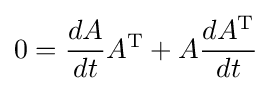
0={\frac {dA}{dt}}A^{\text{T}}+A{\frac {dA^{\text{T}}}{dt}}